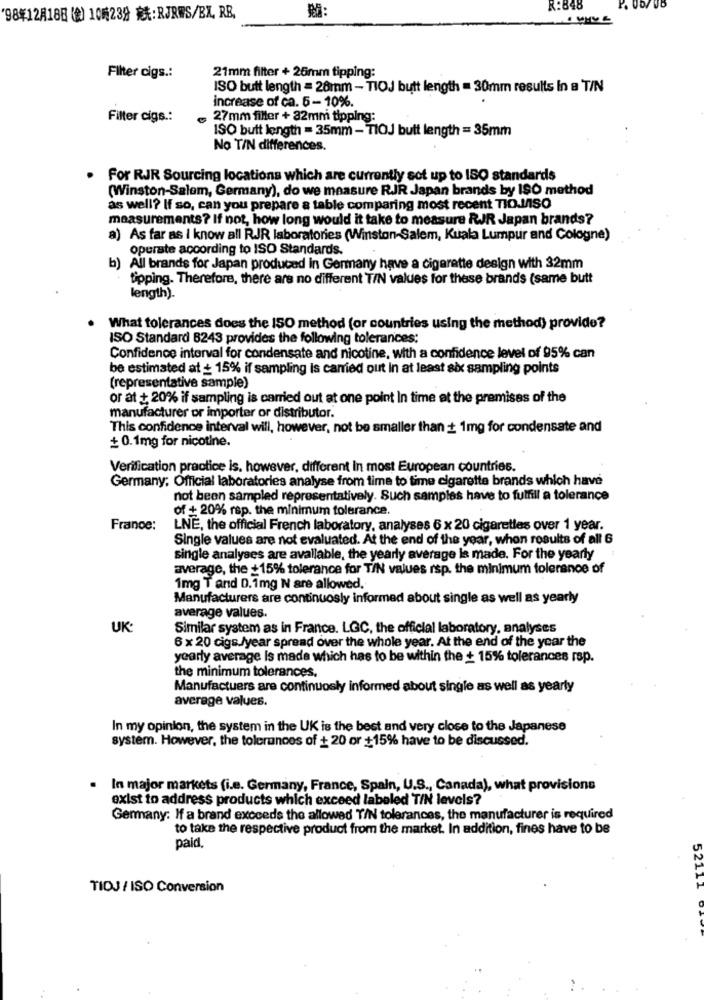
R:848
98%12A188 (2) 106238 **: RJRWS/EX, RE,
Filter cigs .:
21mm filter + 26mm tipping:
ISO butt length = 26mm - TIOJ butt length = 30mm results In a T/N
increase of ca. 5-10%.
Filter cigs .:
27mm filler + 32mm tipping:
ISO butt length = 35mm - TIOJ butt length = 35mm
No TIN differences.
For RJR Sourcing locations which are currently sot up to ISO standards
(Winston-Salem, Germany), do we measure RJR Japan brands by ISO method
as well? If so, can you prepare a table comparing most recent TIO.M/ISO
measurements? If not, how long would it take to measure RJR Japan brands?
a) As far as I know all RJR laboratories (Winston-Salem, Kuala Lumpur and Cologne)
operate according to ISO Standards.
b) All brands for Japan produced in Germany have a cigaratte design with 32mm
tipping. Therefore, there are no different TIN values for these brands (same butt
length).
What tolerances does the ISO method (or countries using the method) provide?
ISO Standard 8243 provides the following tolerances:
Confidence interval for condensate and nicotine, with a confidence level of 95% can
be estimated at _ 15% if sampling is carried out In at least six sampling points
(representative sample)
or at + 20% if sampling is carried out at one point In time at the premises of the
manufacturer or importer or distributor.
This confidence interval will, however, not be smaller than + 1mg for condensate and
+ 0.1mg for nicotine.
Verification practice is. however, different In most European countries.
Germany: Official laboratories analyse from time to time cigarette brands which have
not beon sampled representatively. Such samples have to fulfill a tolerance
of + 20% rsp. the minimum tolerance.
France:
LNE, the official French laboratory, analyses 6 x 20 cigarettes over 1 year.
Single values are not evaluated. At the end of the year, whon results of all 6
single analyses are available, the yearly average is made. For the yearly
average, the +15% tolerance for TIN values rsp. the minimum tolerance of
1mg T and D.1mg N are allowed.
Manufacturers are continuosly informed about single as well as yearly
average values.
UK:
Similar system as in France. LGC, the official laboratory, analyses
6 x 20 cigs /year spread over the whole year. At the end of the year the
yearly average is made which has to be within the + 15% tolerances rsp.
the minimum tolerances,
Manufactuers are continuosly informed about single as well as yearly
average values.
In my opinion, the system in the UK is the best and very close to the Japanese
system. However, the tolerances of + 20 or +15% have to be discussed.
. In major markets (i.e. Germany, France, Spain, U.S ., Canada), what provisions
exist to address products which exceed labeled TIN levels?
Germany: If a brand exceeds the allowed Y/N tolerances, the manufacturer is required
to take the respective product from the market. In addition, fines have to be
paid.
TIDJ / ISO Conversion